Report of an investigation of the epidemic of malarial fever in Assam, or, kala-azar
Disease focus: Malaria
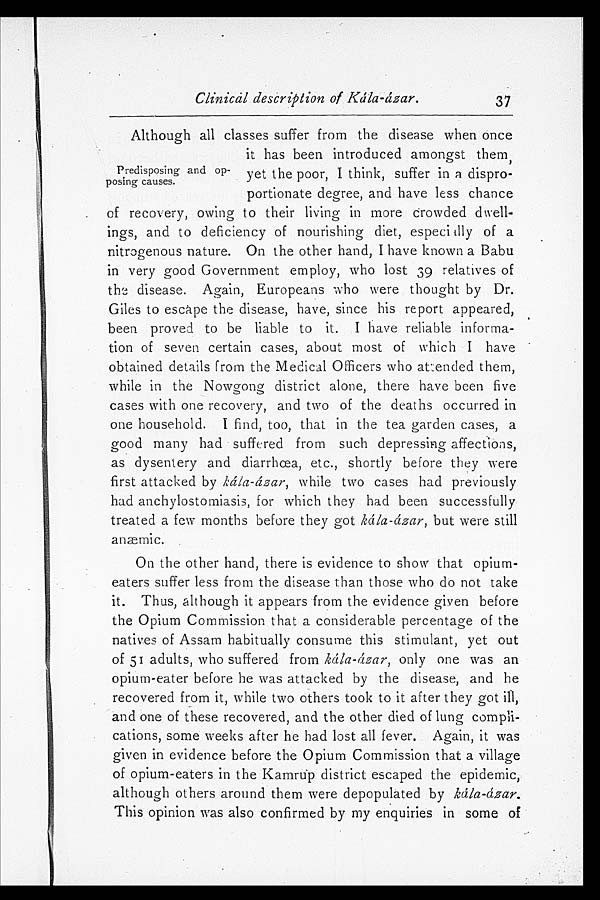
Clinical description of Kála-ázar
37
Predisposing and op
- p o s i n g c a u s e s .
Although all classes suffer from the disease when once
it has been introduced amongst them,
yet the poor, I think, suffer in a dispro
-portionate degree, and have less chance
of recovery, owing to their living in more crowded dwell
-ings, and to deficiency of nourishing diet, especiailly of a
nitrogenous nature. On the other hand, I have known a Babu
in very good Government employ, who lost 39 relatives of
the disease. Again, Europeans who were thought by Dr.
Giles to escape the disease, have, since his report appeared,
been proved to be liable to it. I have reliable informa
-tion of seven certain cases, about most of which I have
obtained details from the Medical Officers who attended them,
while in the Nowgong district alone, there have been five
cases with one recovery, and two of the deaths occurred in
one household. I find, too, that in the tea garden cases, a
good many had suffered from such depressing affections,
as dysentery and diarrhœa, etc., shortly before they were
first attacked by kála-ázar, while two cases had previously
had anchylostomiasis, for which they had been successfully
treated a few months before they got kála-ázar, but were still
anæmic.
On the other hand, there is evidence to show that opium-
eaters suffer less from the disease than those who do not take
it. Thus, although it appears from the evidence given before
the Opium Commission that a considerable percentage of the
natives of Assam habitually consume this stimulant, yet out
of 51 adults, who suffered from kála-ázar, only one was an
opium-eater before he was attacked by the disease, and he
recovered from it, while two others took to it after they got ill,
and one of these recovered, and the other died of lung compli
- c a t i o n s , s o m e w e e k s a f t e r h e h a d l o s t a l l f e v e r . A g a i n , i t w a s
given in evidence before the Opium Commission that a village
of opium-eaters in the Kamrup district escaped the epidemic,
although others around them were depopulated by kála-ázar.
This opinion was also confirmed by my enquiries in some of